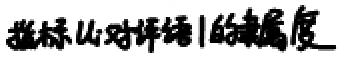
模糊山对评语1的隶属度